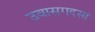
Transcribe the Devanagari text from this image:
उवासगदसा